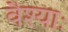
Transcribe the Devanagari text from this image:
वैश्याः